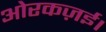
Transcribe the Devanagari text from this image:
ओरकज़ई।